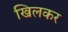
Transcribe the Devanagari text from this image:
खिलकर